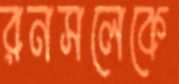
রনসলেকে